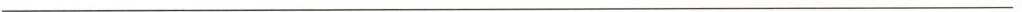
___